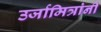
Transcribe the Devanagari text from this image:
उर्जामित्रांनी